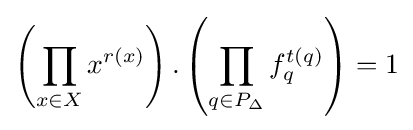
\left(\prod _{x\in X_{}}x^{r(x)}\right).\left(\prod _{q\in P_{\Delta }}f_{q}^{t(q)}\right)=1